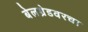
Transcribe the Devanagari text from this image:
बेलग्रेडवरचा